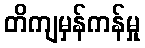
တိကျမှန်ကန်မှု